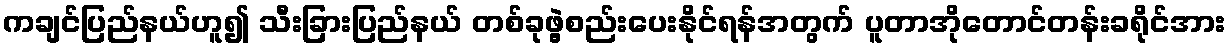
ကချင်ပြည်နယ်ဟူ၍ သီးခြားပြည်နယ် တစ်ခုဖွဲ့စည်းပေးနိုင်ရန်အတွက် ပူတာအိုတောင်တန်းခရိုင်အား